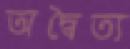
অদ্বৈত্য